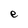
Character: e